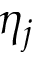
\eta _ { j }